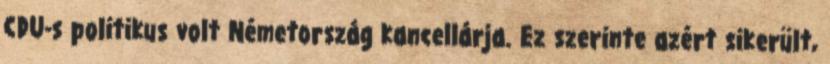
CDU-s politikus volt Németország kancellárja. Ez szerinte azért sikerült,